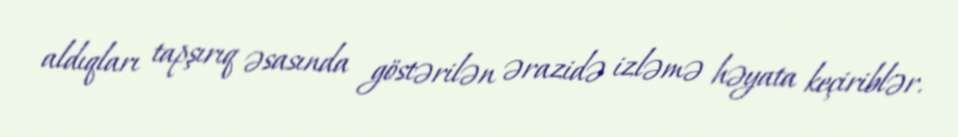
aldıqları tapşırıq əsasında göstərilən ərazidə izləmə həyata keçiriblər.